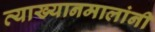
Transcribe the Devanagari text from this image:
व्याख्यानमालांनी